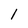
Character: 1